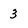
Character: 3